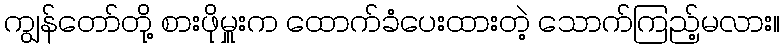
ကျွန်တော်တို့ စားဖိုမှူးက ထောက်ခံပေးထားတဲ့ သောက်ကြည့်မလား။